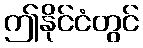
ဤနိုင်ငံတွင်